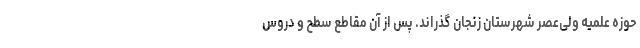
حوزه علمیه ولی‌عصر شهرستان زنجان گذراند. پس از آن مقاطع سطح و دروس